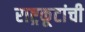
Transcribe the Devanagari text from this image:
राष्ट्रकूटांची